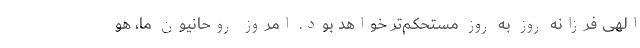
الهی فرزانه روز به روز مستحکم‌تر خواهد بود. امروز روحانیون ما، هو